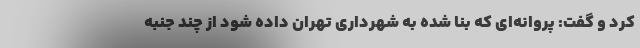
کرد و گفت: پروانه‌ای که بنا شده به شهرداری تهران داده شود از چند جنبه